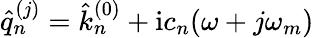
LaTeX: \hat{q}_{n}^{(j)}=\hat{k}_{n}^{(0)}+\mathrm{i}c_{n}(\omega+j\omega_{m})